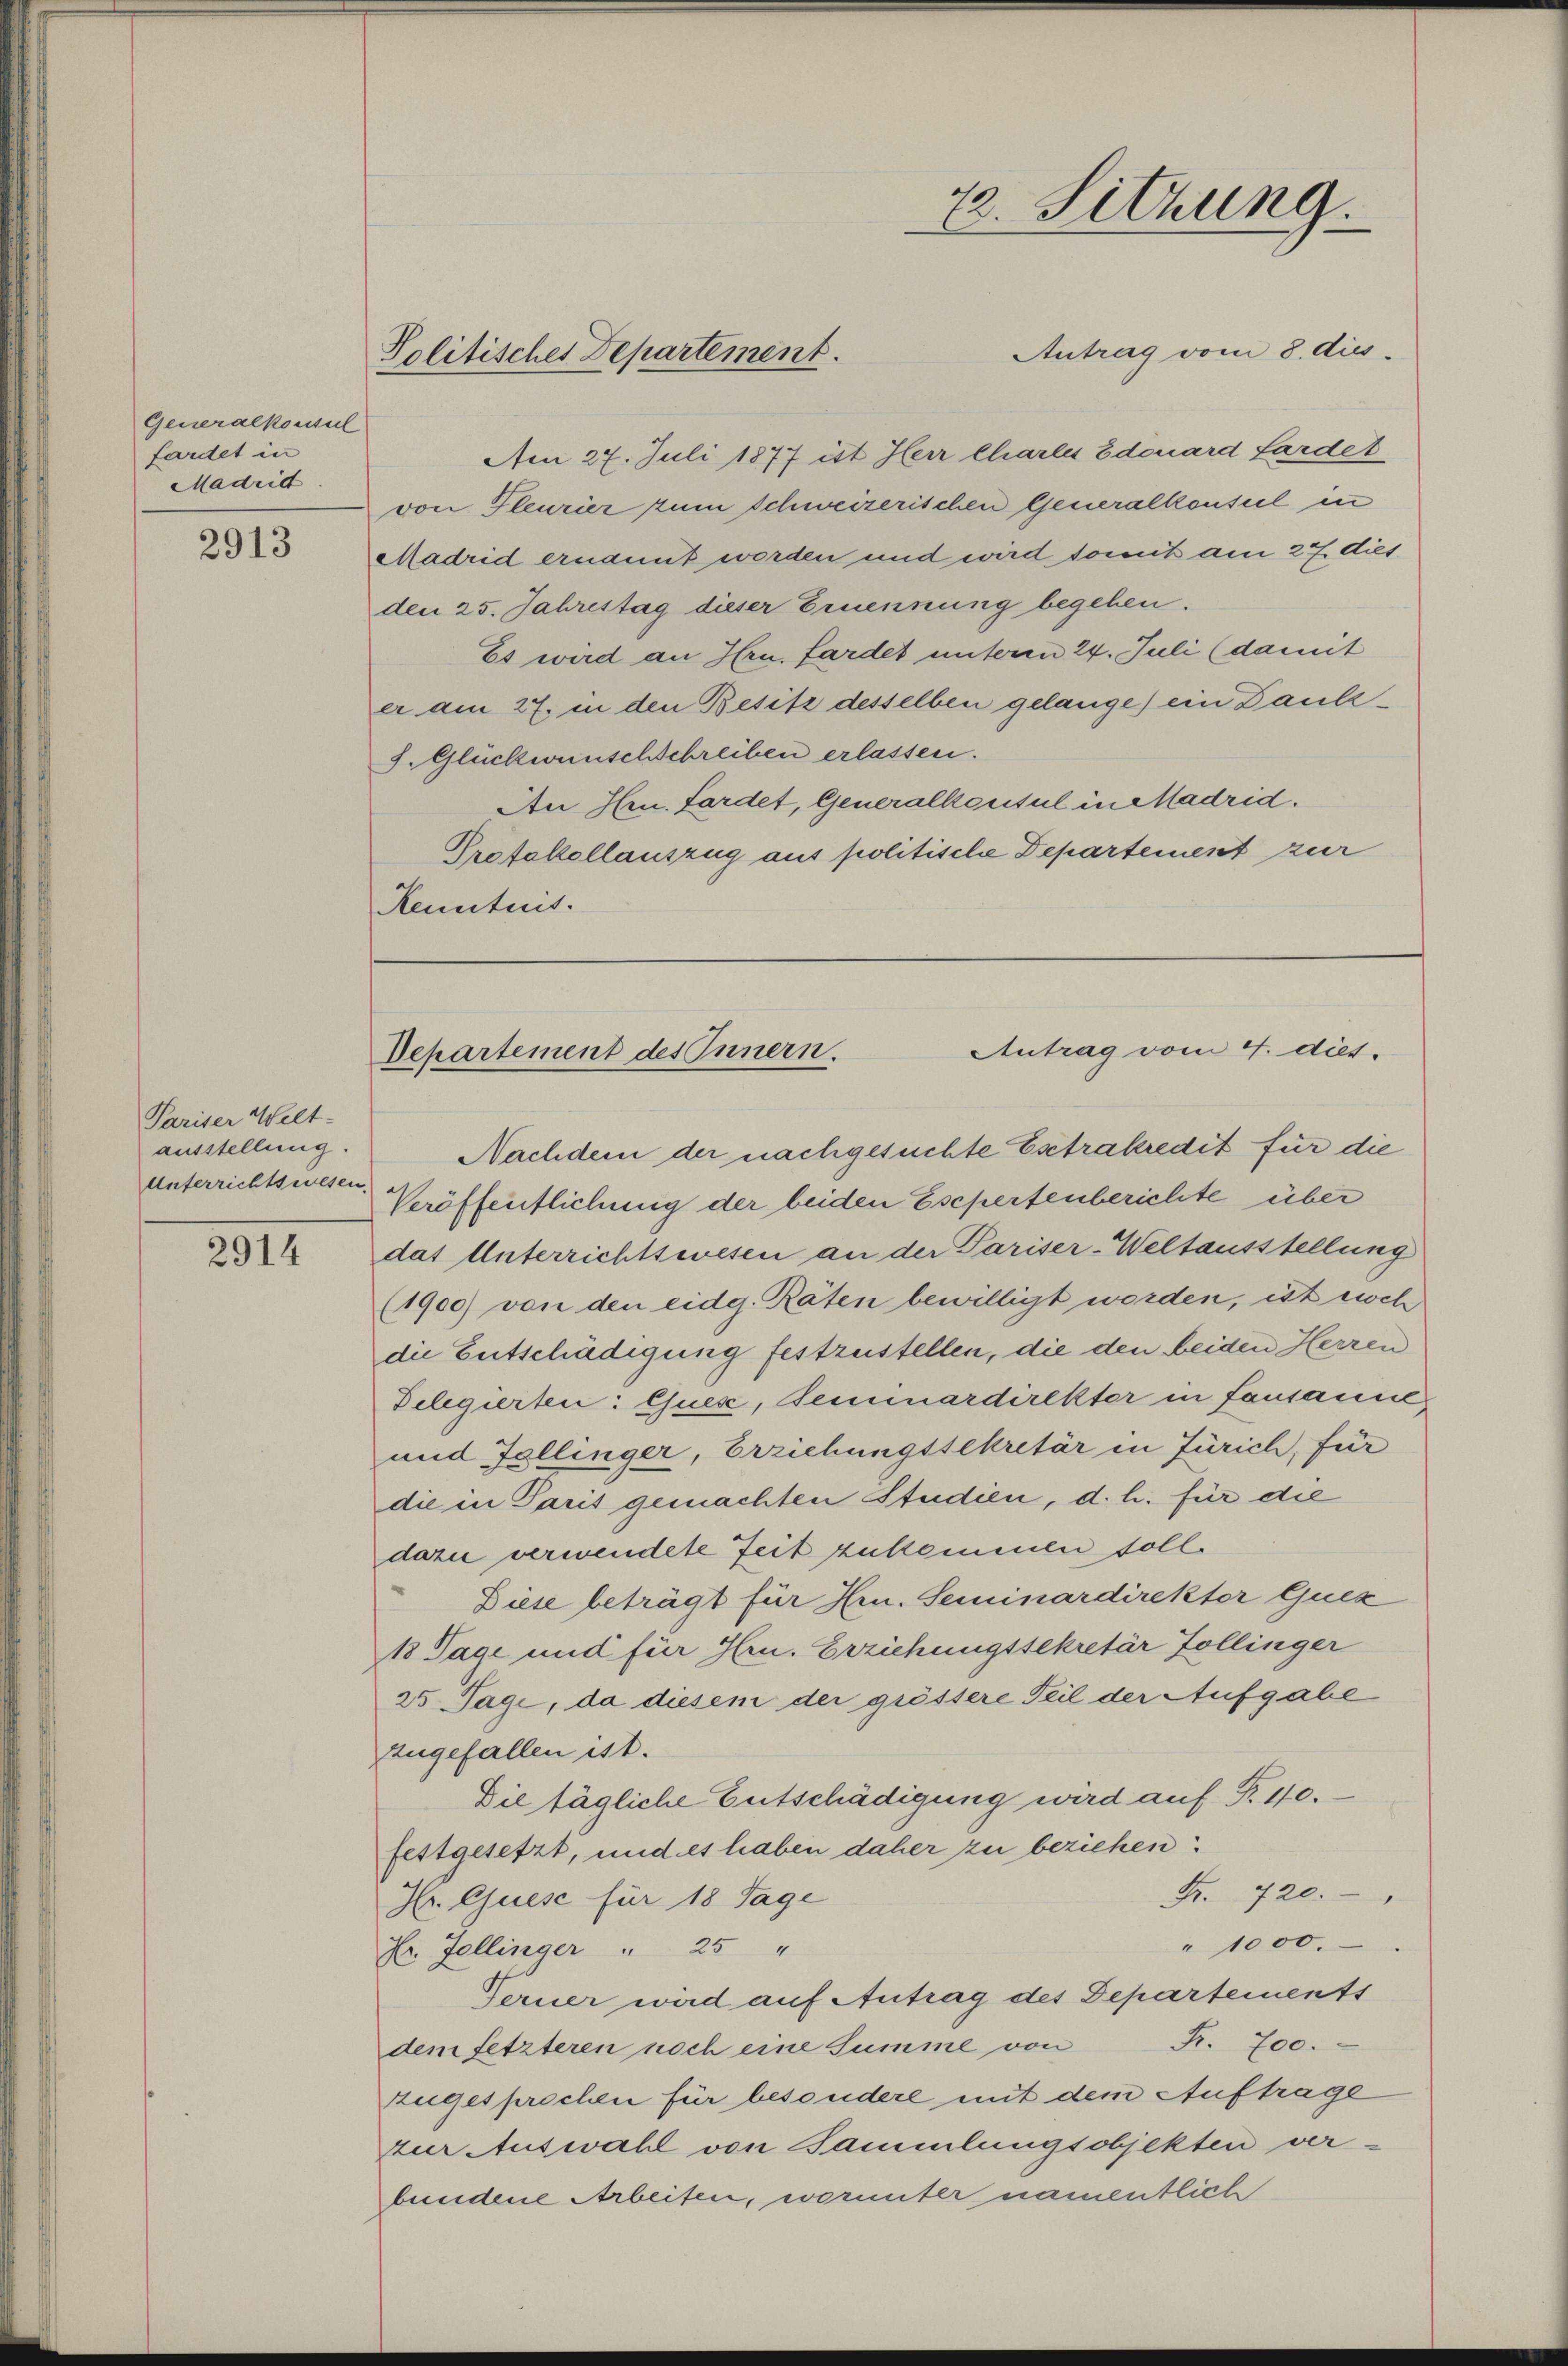
Generalkonsul
fardet in
Madrid

2913

Pariser Welt-
ausstellung.
Unterrichtswesen.

2914

Politisches Departement.

Antrag vom 8. dies
Am 27. Juli 1877 ist Herr Charli Edouard Sardet
von Fleurier zum Schweizerischen Generalkonsul in
Madrid ernannt worden und wird somit am 27. dies
den 25. Jahrestag dieser Ernennung begehen.
Es wird an Hrn. Hardet unterm 24. Juli (damit
er am 27. in den Besitz desselben gelange) ein Daulz¬
J. Glückwunschschreiben erlassen.
An Hrn. Sardet, Generalkonsul in Madrid.
Protokollauszug aus politische Departement zur
Kenntnis.

Nachdem der nachgesuchte Estrakredit für die
Veröffentlichung der beiden Escpertenberichte über
das Unterrichtswesen an der Pariser-Weltausstellung
(1900) von den eidg. Räten bewilligt worden, ist noch
die Entschädigung festzustellen, die den beiden Herren
Delegierten: Eues, Seminardirekter in fansamel
und Fallinger, Erziehungssekretär in Zürich, für
die in Paris gemachten Studien, d. h. für die
dazu verwendete Zeit zukommen soll.
Diese beträgt für Hrn. Seminardirekter Guck
13 Tage und für Hrn. Erziehungssekretär Zollinger
25 Tage, da diesem der grössere Teil der Aufgabe
zugefallen ist.
Die tägliche Entschädigung wird auf Fr. 10.
festgesetzt, und es haben daher zu beziehen:
Fr. 720.
Hr. Quise für 18 Tage
" 1000.
Dr. Jellinger " 25 "
Ferner wird auf Antrag des Departements
dem fetzteren noch eine Summe von P. 700.
zugesprochen für besondere mit dem Auftrage
Zur Auswahl von Sammlungsobjekten verbundene Arbeiten, worunter namentlich

72. Sitzung.

Antrag vom 4. dies.
Departement des Innern.